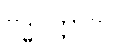
ဗုဒ္ဓပုတ္တာတိ